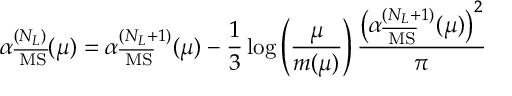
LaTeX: \alpha _ { \overline { { { \mathrm { \tiny ~ M S } } } } } ^ { ( N _ { L } ) } ( \mu ) = \alpha _ { \overline { { { \mathrm { \tiny ~ M S } } } } } ^ { ( N _ { L } + 1 ) } ( \mu ) - \frac { 1 } { 3 } \log \left( \frac { \mu } { m ( \mu ) } \right) \frac { \left( \alpha _ { \overline { { { \mathrm { \tiny ~ M S } } } } } ^ { ( N _ { L } + 1 ) } ( \mu ) \right) ^ { 2 } } { \pi }